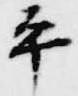
平